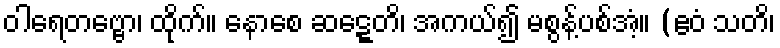
ဝါရေတဗ္ဗော၊ ထိုက်။ နောစေ ဆဋ္ဋေတိ၊ အကယ်၍ မစွန့်ပစ်အံ့။ (ဧဝံ သတိ၊